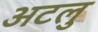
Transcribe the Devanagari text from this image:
अटलु